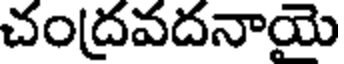
చంద్రవదనాయె